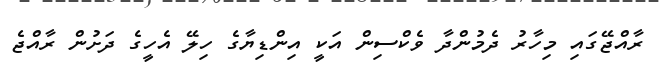
ރާއްޖޭގައި މިހާރު ދެމުންދާ ވެކްސިން އަކީ އިންޑިޔާގެ ހިލޭ އެހީގެ ދަށުން ރާއްޖެ